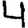
Digit: 4